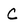
Character: C